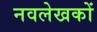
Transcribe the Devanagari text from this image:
नवलेखकों